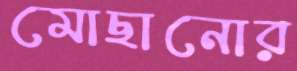
মোছানোর